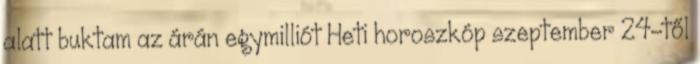
alatt buktam az árán egymilliót Heti horoszkóp szeptember 24-től